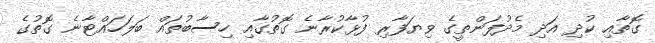
ގޮތާއި ކުދި އަދި މެދުފަންތީގެ ވިޔަފާރި ފުޅާކުރާނެ ގޮތުގާއި ހިސާބުތައް ބަލަހައްޓާނެ ގޮތުގެ